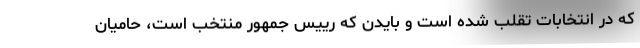
که در انتخابات تقلب شده است و بایدن که رییس جمهور منتخب است، حامیان